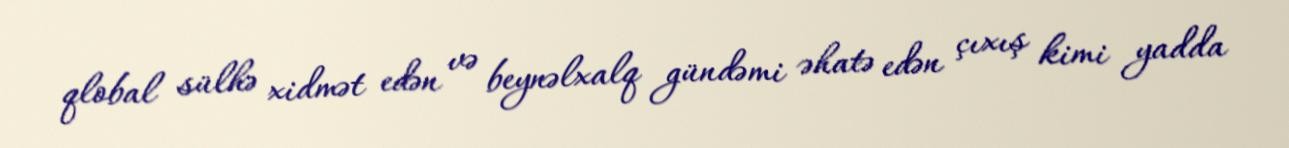
qlobal sülhə xidmət edən və beynəlxalq gündəmi əhatə edən çıxış kimi yadda